Materia medica of Madras volume I
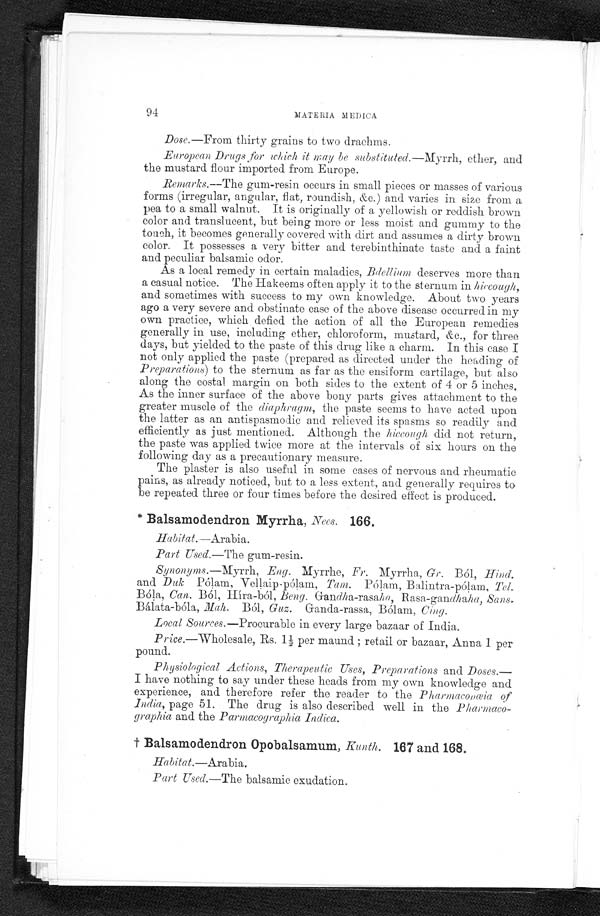
94
MATERIA MEDICA
Dose.—From thirty grains to two drachms.
European Drugs for which it may be substituted. —Myrrh, ether, and
the mustard flour imported from Europe.
Remarks. —The gum-resin occurs in small pieces or masses of various
forms (irregular, angular, flat, roundish, &c.) and varies in size from a
pea to a small walnut. It is originally of a yellowish or reddish brown
color and translucent, but being more or less moist and gummy to the
touch, it becomes generally covered with dirt and assumes a dirty brown
color. It possesses a very bitter and terebinthinate taste and a faint
and peculiar balsamic odor.
As a local remedy in certain maladies, Bdellium deserves more than
a casual notice. The Hakeems often apply it to the sternum in hiccough,
and sometimes with success to my own knowledge. About two years
ago a very severe and obstinate case of the above disease occurred in my
own practice, which defied the action of all the European remedies
generally in use, including ether, chloroform, mustard, &c., for three
days, but yielded to the paste of this drug like a charm. In this case I
not only applied the paste (prepared as directed under the heading of
Preparations) to the sternum as far as the ensiform cartilage, but also
along the costal margin on both sides to the extent of 4 or 5 inches.
As the inner surface of the above bony parts gives attachment to the
greater muscle of the diaphragm, the paste seems to have acted upon
the latter as an antispasmodic and relieved its spasms so readily and
efficiently as just mentioned. Although the hiccough did not return,
the paste was applied twice more at the intervals of six hours on the
following day as a precautionary measure.
The plaster is also useful in some cases of nervous and rheumatic
pains, as already noticed, but to a less extent, and generally requires to
be repeated three or four times before the desired effect is produced.
* B a l s a m o d e n d r o n M y r r h a ,N
e e s .
1 6 6 .
Habitat.—Arabia.
P a r t U s e d .
— T h e
g u m - r e s i n .
Synonyms. —Myrrh, Eng. Myrrhe, Fr. Myrrha, Gr. Ból, Hind.
and Duk Pólam, Vellaip-pólam, Tam. Pólam, Balintra-pólam, Tel.
Bóla, Can. Ból, Híra-ból, Beng . Gan dh a-rasaha , Rasa-gandh aha, Sans.
Bálata-bóla, Mah. Ból, Guz. Ganda-rassa, Bólam, Cing.
Local Sources. —Procurable in every large bazaar of India.
Price. —Wholesale, Rs. 1½ per maund; retail or bazaar, Anna 1 per
pound.
Physiological Actions, Therapeutic Uses, Preparations and Doses.—
I have nothing to say under these heads from my own knowledge and
experience, and therefore refer the reader to the Pharmaconœia of
India, page 51. The drug is also described well in the Pharmaco-
graphia and the Parmacographia Indica.
† Balsamodendron Opobalsamum, Kunth. 167 and 168.
Habitat.—Arabia.
Part Used. —The balsamic exudation.